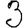
Digit: 3